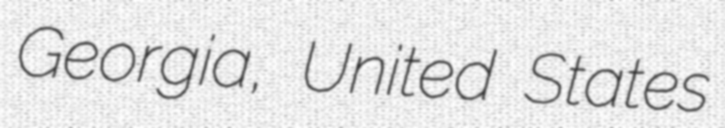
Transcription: Georgia, United States